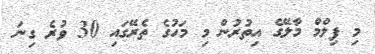
މި ފިލްމް މާލޭގެ އިތުރުން މި މަހުގެ ތެރޭގައި 30 ވުރެ ގިނަ